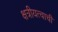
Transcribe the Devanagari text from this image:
क्षत्रीयत्वाची